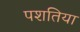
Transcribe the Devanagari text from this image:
पशतिया